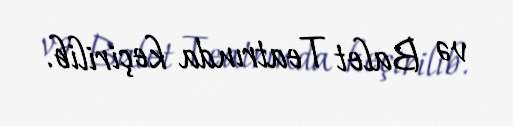
və Balet Teatrında keçirilib.